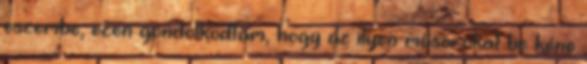
eszembe, ezen gondolkodtam, hogy az ilyen műsorokat be kéne